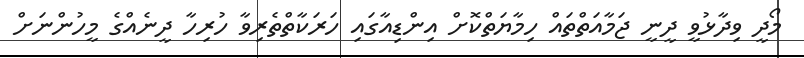
މޯދީ ވިދާޅުވީ ދީނީ ޖަމާއަތްތައް ހިމާޔަތްކޮށް އިންޑިއާގައި ހަރަކާތްތެރިވާ ހުރިހާ ދީނެއްގެ މީހުންނަށް